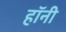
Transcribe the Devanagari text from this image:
हॉनी